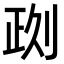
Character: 𠝙